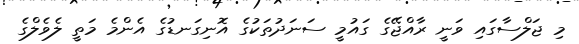
މި ޖަލްސާގައި ވަނީ ރާއްޖޭގެ ގައުމީ ސަނަދުތަކުގެ އޮނިގަނޑުގެ އެންމެ މަތީ ލެވެލްގެ